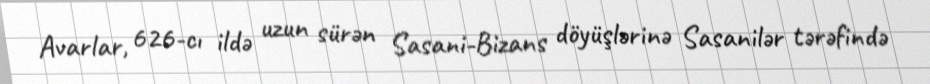
Avarlar, 626-cı ildə uzun sürən Sasani-Bizans döyüşlərinə Sasanilər tərəfində